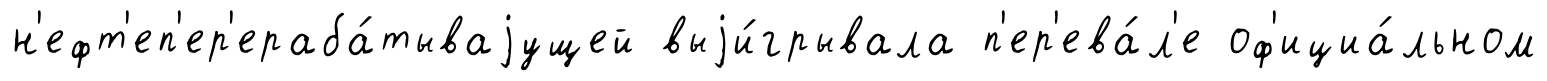
н'ефт'еп'ер'ераба́тываjущей выjи́грывала п'ер'ева́л'е оф'ициа́льном